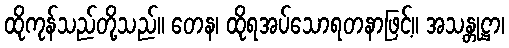
ထိုကုန်သည်တို့သည်။ တေန၊ ထိုရအပ်သောရတနာဖြင့်။ အသန္တုဋ္ဌာ၊